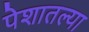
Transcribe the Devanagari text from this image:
पेशातल्या